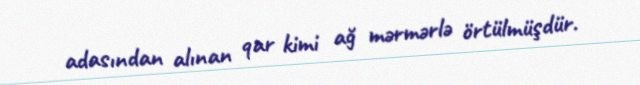
adasından alınan qar kimi ağ mərmərlə örtülmüşdür.